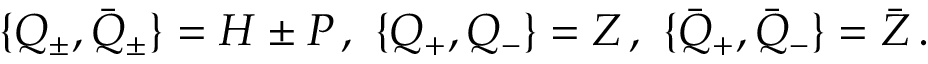
\{ Q _ { \pm } , \bar { Q } _ { \pm } \} = H \pm P \, , \, \, \{ Q _ { + } , Q _ { - } \} = Z \, , \, \, \{ \bar { Q } _ { + } , \bar { Q } _ { - } \} = \bar { Z } \, .